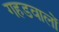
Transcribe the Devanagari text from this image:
गहडवालों